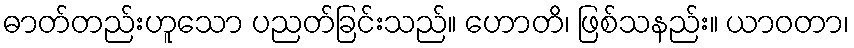
ဓာတ်တည်းဟူသော ပညတ်ခြင်းသည်။ ဟောတိ၊ ဖြစ်သနည်း။ ယာဝတာ၊